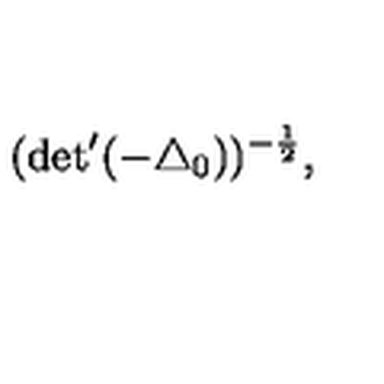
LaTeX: ( \mathrm { d e t } ^ { \prime } ( - { \triangle } _ { 0 } ) ) ^ { - \frac { 1 } { 2 } } ,